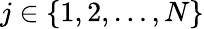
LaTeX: j\in\{ 1,2,\dots,N\}